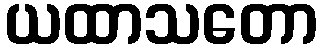
ယထာသတော